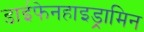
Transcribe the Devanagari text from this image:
डाईफेनहाइड्रामिन